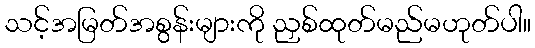
သင့်အမြတ်အစွန်းများကို ညှစ်ထုတ်မည်မဟုတ်ပါ။